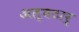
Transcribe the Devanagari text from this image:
अल्बटार्